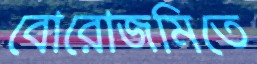
বোরোজমিতে